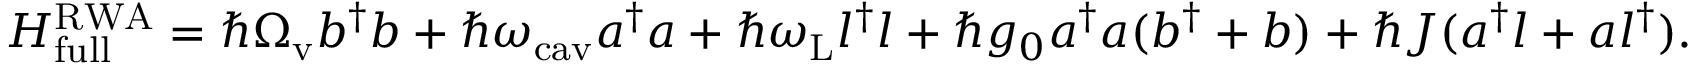
\begin{array} { r } { H _ { \mathrm { f u l l } } ^ { \mathrm { R W A } } = \hbar \Omega _ { \mathrm { v } } b ^ { \dagger } b + \hbar \omega _ { \mathrm { c a v } } a ^ { \dagger } a + \hbar \omega _ { \mathrm { L } } l ^ { \dagger } l + \hbar g _ { 0 } a ^ { \dagger } a ( b ^ { \dagger } + b ) + \hbar J ( a ^ { \dagger } l + a l ^ { \dagger } ) . } \end{array}